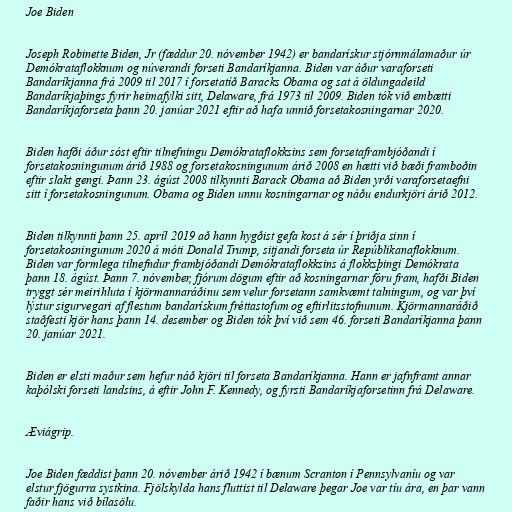
Joe Biden

Joseph Robinette Biden, Jr (fæddur 20. nóvember 1942) er bandarískur stjórnmálamaður úr
Demókrataflokknum og núverandi forseti Bandaríkjanna. Biden var áður varaforseti
Bandaríkjanna frá 2009 til 2017 í forsetatíð Baracks Obama og sat á öldungadeild
Bandaríkjaþings fyrir heimafylki sitt, Delaware, frá 1973 til 2009. Biden tók við embætti
Bandaríkjaforseta þann 20. janúar 2021 eftir að hafa unnið forsetakosningarnar 2020.

Biden hafði áður sóst eftir tilnefningu Demókrataflokksins sem forsetaframbjóðandi í
forsetakosningunum árið 1988 og forsetakosningunum árið 2008 en hætti við bæði framboðin
eftir slakt gengi. Þann 23. ágúst 2008 tilkynnti Barack Obama að Biden yrði varaforsetaefni
sitt í forsetakosningunum. Obama og Biden unnu kosningarnar og náðu endurkjöri árið 2012.

Biden tilkynnti þann 25. apríl 2019 að hann hygðist gefa kost á sér í þriðja sinn í
forsetakosningunum 2020 á móti Donald Trump, sitjandi forseta úr Repúblikanaflokknum.
Biden var formlega tilnefndur frambjóðandi Demókrataflokksins á flokksþingi Demókrata
þann 18. ágúst. Þann 7. nóvember, fjórum dögum eftir að kosningarnar fóru fram, hafði Biden
tryggt sér meirihluta í kjörmannaráðinu sem velur forsetann samkvæmt talningum, og var því
lýstur sigurvegari af flestum bandarískum fréttastofum og eftirlitsstofnunum. Kjörmannaráðið
staðfesti kjör hans þann 14. desember og Biden tók því við sem 46. forseti Bandaríkjanna þann
20. janúar 2021.

Biden er elsti maður sem hefur náð kjöri til forseta Bandaríkjanna. Hann er jafnframt annar
kaþólski forseti landsins, á eftir John F. Kennedy, og fyrsti Bandaríkjaforsetinn frá Delaware.

Æviágrip.

Joe Biden fæddist þann 20. nóvember árið 1942 í bænum Scranton í Pennsylvaníu og var
elstur fjögurra systkina. Fjölskylda hans fluttist til Delaware þegar Joe var tíu ára, en þar vann
faðir hans við bílasölu.